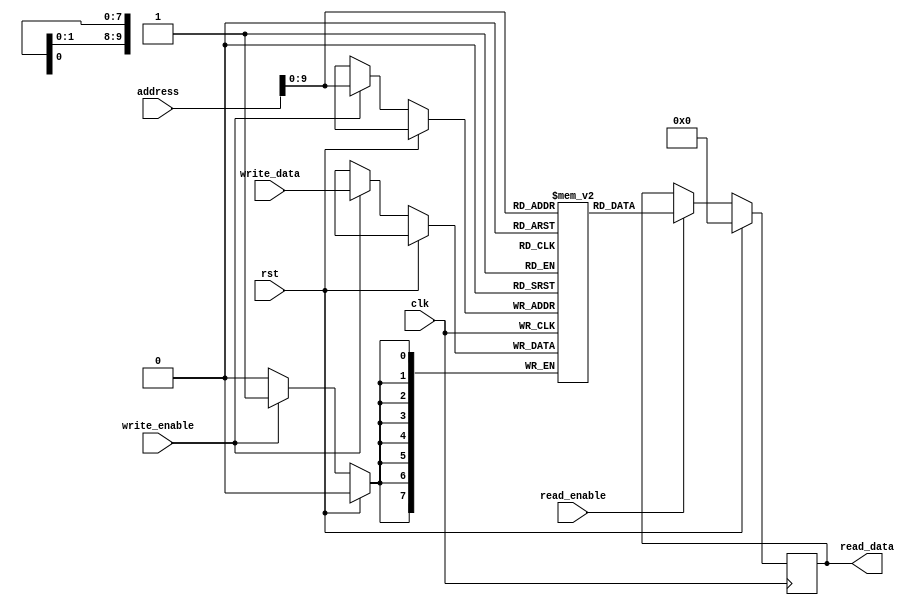
module memory_controller (
    input wire clk,
    input wire rst,
    input wire read_enable,
    input wire write_enable,
    input wire [31:0] address,
    input wire [7:0] write_data,
    output reg [7:0] read_data
);

// Memory read and write functionality
always @(posedge clk) begin
    if (rst) begin
        read_data <= 0;
    end else begin
        if (read_enable) begin
            read_data <= memory[address];
        end
        if (write_enable) begin
            memory[address] <= write_data;
        end
    end
end

// Memory array for storing data
reg [7:0] memory [0:1023];

endmodule